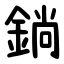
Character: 鋿